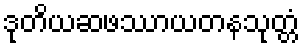
ဒုတိယဆဖဿာယတနသုတ္တံ